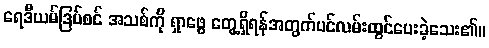
ရေဒီယမ်ဒြပ်စင် အသစ်ကို ရှာဖွေ တွေ့ရှိရန်အတွက်ပင်လမ်းထွင်ပေးခဲ့သေး၏။